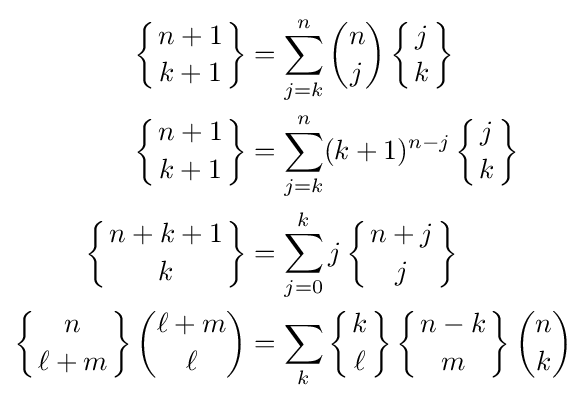
{\begin{aligned}\left\{{n+1 \atop k+1}\right\}&=\sum _{j=k}^{n}{n \choose j}\left\{{j \atop k}\right\}\\\left\{{n+1 \atop k+1}\right\}&=\sum _{j=k}^{n}(k+1)^{n-j}\left\{{j \atop k}\right\}\\\left\{{n+k+1 \atop k}\right\}&=\sum _{j=0}^{k}j\left\{{n+j \atop j}\right\}\\\left\{{n \atop \ell +m}\right\}{\binom {\ell +m}{\ell }}&=\sum _{k}\left\{{k \atop \ell }\right\}\left\{{n-k \atop m}\right\}{\binom {n}{k}}\end{aligned}}